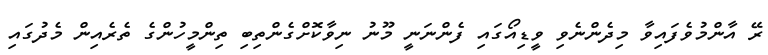
ރޭ އާންމުވެފައިވާ މިދެންނެވި ވީޑިއޯގައި ފެންނަނީ މޫނު ނިވާކޮށްގެންތިބި ތިންމީހުންގެ ތެރެއިން މެދުގައި